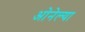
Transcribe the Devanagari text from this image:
ओनेल्या